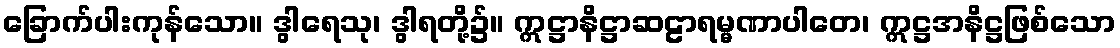
ခြောက်ပါးကုန်သော။ ဒွါရေသု၊ ဒွါရတို့၌။ ဣဋ္ဌာနိဋ္ဌာဆဠာရမ္မဏာပါတေ၊ ဣဋ္ဌအနိဋ္ဌဖြစ်သော